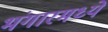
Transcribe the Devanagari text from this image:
भंगारमध्ये